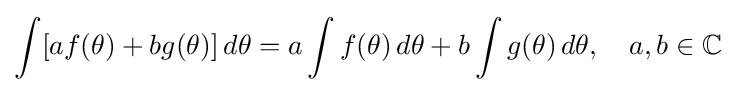
\int [af(\theta )+bg(\theta )]\,d\theta =a\int f(\theta )\,d\theta +b\int g(\theta )\,d\theta ,\quad a,b\in \mathbb {C}